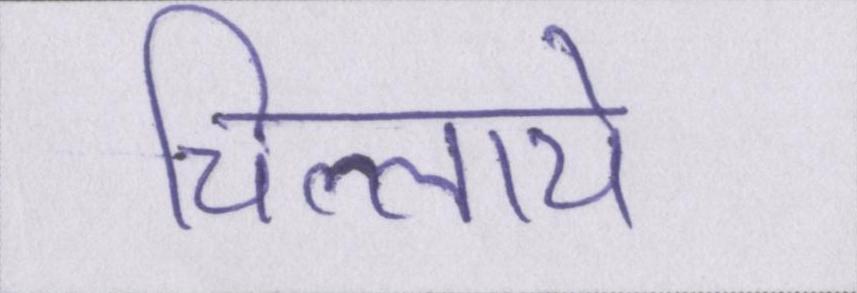
चिल्लाये